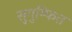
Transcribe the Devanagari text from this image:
सुगुम्फित